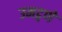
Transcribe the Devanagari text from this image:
उमट्वणे